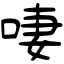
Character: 啛